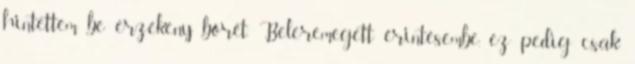
hintettem be érzékeny bőrét. Beleremegett érintésembe, ez pedig csak